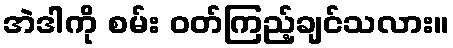
အဲဒါကို စမ်း ဝတ်ကြည့်ချင်သလား။